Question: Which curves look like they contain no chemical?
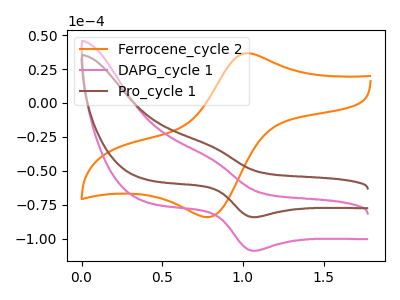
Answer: <think>The orange curve "Ferrocene_cycle 2" has an anodic peak at (1.00V, 36.60uA) and a cathodic peak at (0.80V, -83.90uA). The pink curve "DAPG_cycle 1" has an anodic peak at (0.80V, -40.10uA) and a cathodic peak at (1.05V, -108.75uA). The brown curve "Pro_cycle 1" has an anodic peak at (0.80V, -31.00uA) and a cathodic peak at (1.05V, -84.00uA).</think>
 <answer>There are not any CV's on this graph that are likely to be blanks.</answer>
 <eval>none</eval>